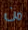
من